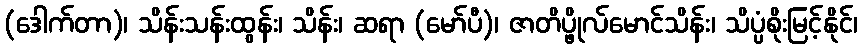
(ဒေါက်တာ)၊ သိန်းသန်းထွန်း၊ သိန်း၊ ဆရာ (မော်ပီ)၊ ဇာတိပ္ဖိုလ်မောင်သိန်း၊ သိပ္ပံစိုးမြင့်နိုင်၊